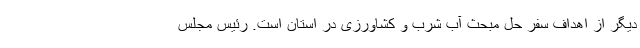
دیگر از اهداف سفر حل مبحث آب شرب و کشاورزی در استان است. رئیس مجلس